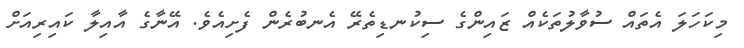
މިކަހަލަ އެތައް ސުވާލުތަކެއް ޒައިންގެ ސިކުނޑިތެރޭ އެނބުރެން ފެށިއެވެ. އޭނާގެ އާއިލާ ކައިރިއަށް